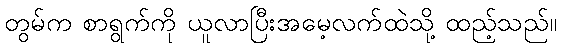
တွမ်က စာရွက်ကို ယူလာပြီးအမေ့လက်ထဲသို့ ထည့်သည်။